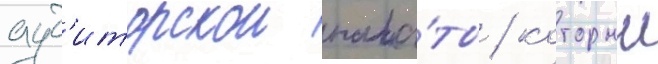
ауд'иторскои пала́ты / которыи